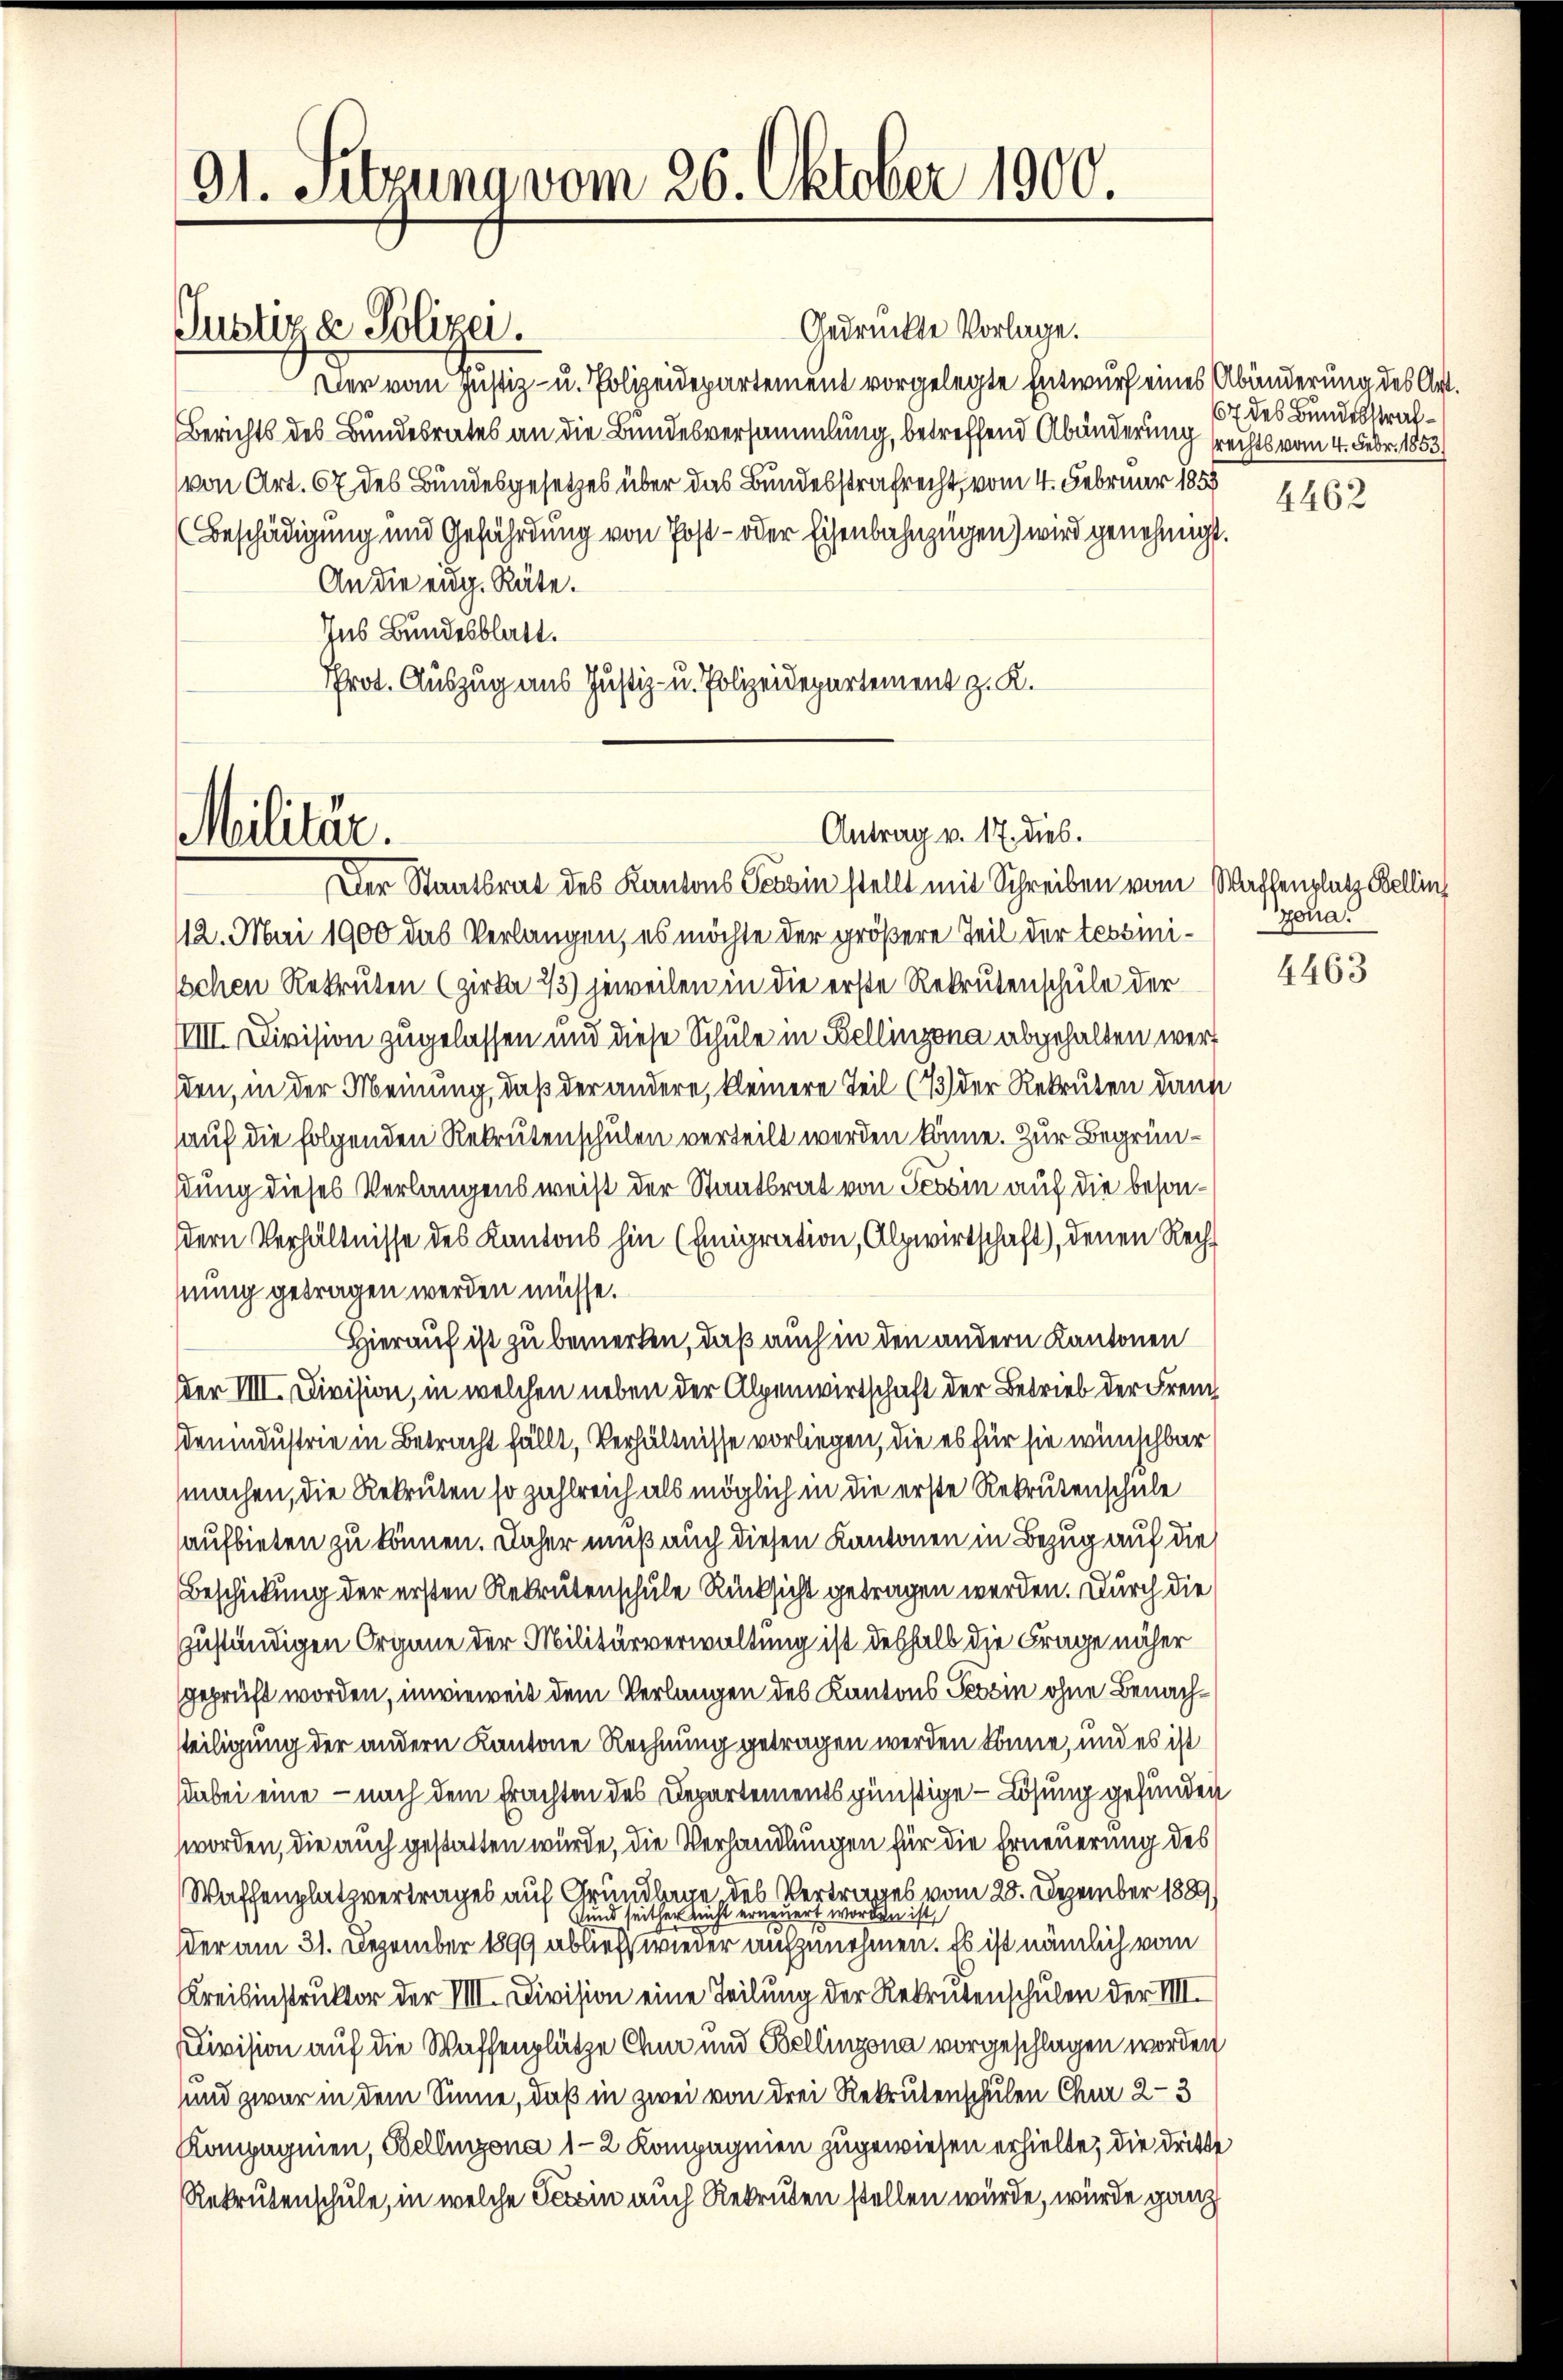
91. Sitzung vom 26. Oktober 1900.

Justiz & Polizei.

Gedrückte Vorlage.
Der vom Justiz- u. Polizeidepartement vorgelegte Entwurf eines Abänderung des Art.
Berichts des Bundesrates an die Bundesversammlung, betreffend Abänderung rechts vom 4. Febr. 1853)
von Art. 67 des Bundesgesetzes über das Bundesstrafrecht, vom 4. Februar 1859
Beschädigung und Gefährdung von Post- oder Eisenbahnzügen) wird genehmigt.
An die eidg. Räte.
Ins Bundesblatt.
Prot. Auszug aus Justiz- u. Polizeidepartement z. K.

Militär.

Antrag v. 17. dies.

Der Staatsrat des Kantons Tessin stellt mit Schreiben vom Waffenplatz Bellin
112. Mai 1900 das Verlangen, es möchte der größere Teil der tessini¬
Ichen Rekruten (zirka 23) jeweilen in die erste Rekrutenschule der
VIII. Division zugelassen und diese Schule in Bellinzona abgehalten werd
den, in der Meinung, daß der andere, kleinere Teil (1) der Rekruten dann
auf die folgenden Rekrutenschulen verteilt werden könne. Zur Begrünstung dieses Verlangensweis der Staatsrat von Tessin auf die besondern Verhältnisse des Kantons hin (Emigration, Alpwirtschaft, denen Rechnung getragen werden müsse.
Hierauf ist zu bemerken, daß auch in den andern Kantonen
Der VIII. Civision, in welchen neben der Alpenwirtschaft der Betrieb der Freuch
demndustrie in Betracht fällt, Verhältnisse vorliegen, die es für sie wünschbar
machen, die Rekruten so zahlreich als möglich in die erste Rekrutenschule
aufbieten zu können. Daher muß auch diesen Kantonen in Bezug auf die
Beschickung der ersten Rekrutenschule Rücksicht getragen werden. Durch die
zuständigen Organe der Militärverwaltung ist deshalb die Frage näher
geprüft worden, inwieweit dem Verlangen des Kantons Tessin ohne Benachtteiligung der andern Kantone Rechnung getragen werden könne, und es ist
dabei eine - nach dem Erachten des Departements günstige Lösung gefunden
worden, die auch gestatten würde, die Verhandlungen für die Erneuerung des
Waffenplatzvertrages auf Grundlage des Vertrages vom 28. Dezember 1889
Sind seither nicht erneuert worden ist,
der am 31. Dezember 1899 ablief wieder anzunehmen. Es ist nämlich vom
Kreisinstruktor der VIII. Division eine Teilung der Rekrutenschulen der III.
Division auf die Waffenplätze Chur und Bellinzona vorgeschlagen worden
sund zwar in dem Sinne, daß in zwei von drei Rekrutenschulen Chur 2-3
Kompagnien, Bellinzona 1-2 Kompagnien zugewiesen erhielte, die dritte
Rekrutenschule, in welche Tessin auch Rekruten stellen würde, wurde ganz

67 des Bundesstraf¬

4462

Gona.

4463